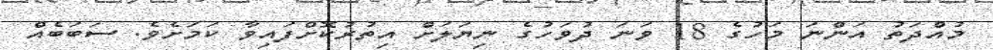
މުއްދަތު އަންނަ މަހުގެ 18 ވަނަ ދުވަހުގެ ނިޔަލަށް އިތުރުކޮށްފައިވާ ކަމަށެވެ. ސަބަބެއް